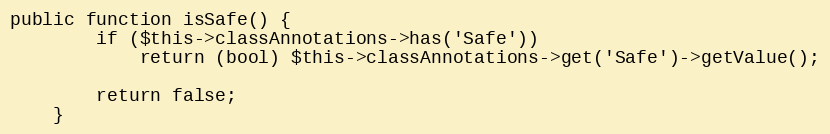
Language: PHP
public function isSafe() {
		if ($this->classAnnotations->has('Safe'))
			return (bool) $this->classAnnotations->get('Safe')->getValue();

		return false;
	}